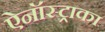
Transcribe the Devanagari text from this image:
ऐनॉस्ट्राका